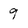
Character: 9